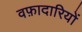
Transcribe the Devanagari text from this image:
वफ़ादारियों